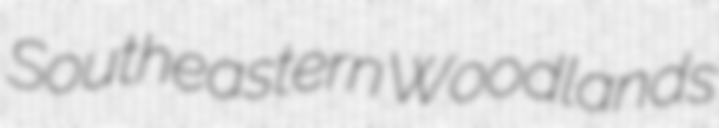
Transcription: Southeastern Woodlands